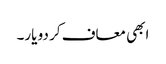
ابھی معاف کر دو یار۔